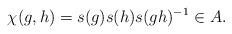
LaTeX: \begin{align*}\chi(g, h) = s(g) s(h) s(g h)^{-1} \in A. \end{align*}